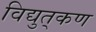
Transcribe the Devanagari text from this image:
विद्युत्‌कण